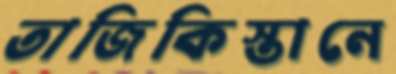
তাজিকিস্তানে